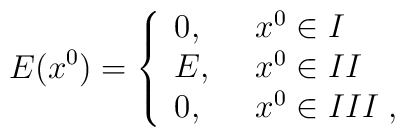
E(x^0)=\left\{\begin{array}{ll}         0,\;\;&x^0\in I\\         E,\;\;&x^0\in II\\         0,\;\;&x^0\in III\;,\end{array}\right.